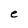
Character: e